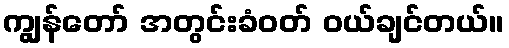
ကျွန်တော် အတွင်းခံဝတ် ဝယ်ချင်တယ်။